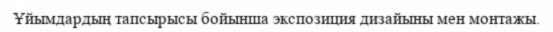
Ұйымдардың тапсырысы бойынша экспозиция дизайыны мен монтажы.